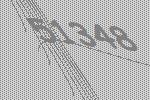
51348